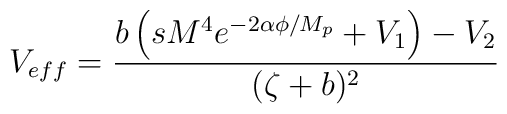
V_{eff}=\frac{b\left(sM^{4}e^{-2\alpha\phi/M_{p}}+V_{1}\right)-V_{2}}{(\zeta+b)^{2}}